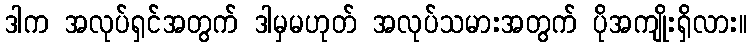
ဒါက အလုပ်ရှင်အတွက် ဒါမှမဟုတ် အလုပ်သမားအတွက် ပိုအကျိုးရှိလား။